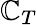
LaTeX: \mathbb{C}_{T}